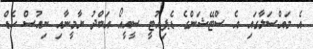
އެ މައްސަލާގައި އެ ސްޓޭޝަންގެ ޑެޕިއުޓީ ސީއީއޯ އަބްދު ޔާމީނާއި ނިއުސް ހެޑް